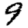
Digit: 9